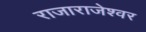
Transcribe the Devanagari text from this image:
राजाराजेश्‍वर